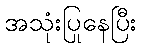
အသုံးပြုနေပြီး